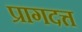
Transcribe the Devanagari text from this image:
प्रागदत्त